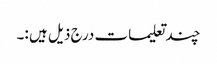
چند تعلیمات درج ذیل ہیں :۔